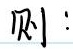
则：